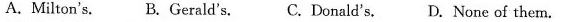
A.Milton's, B.Gerald's. C.Donald's. D.None of them.